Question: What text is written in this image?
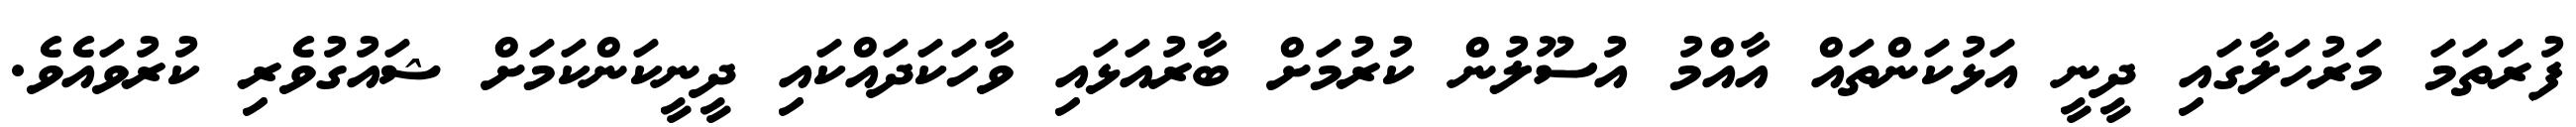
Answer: ފުރަތަމަ މަރުހަލާގައި ދީނީ އަޅުކަންތައް އާއްމު އުސޫލުން ކުރުމަށް ބާރުއަޅައި ވާހަކަދައްކައި ދީނީކަންކަމަށް ޝައުގުވެރި ކުރުވައެވެ.